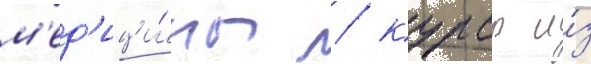
м'ед'ици́ны / курсы и́з